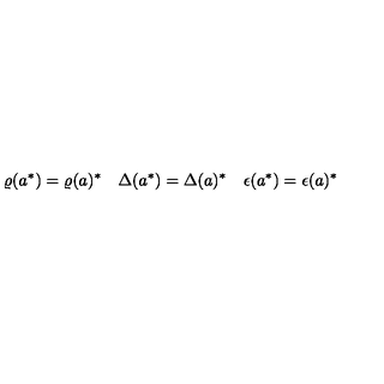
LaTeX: \varrho ( a ^ { \ast } ) = \varrho ( a ) ^ { \ast } \quad \Delta ( a ^ { \ast } ) = \Delta ( a ) ^ { \ast } \quad \epsilon ( a ^ { \ast } ) = \epsilon ( a ) ^ { \ast }